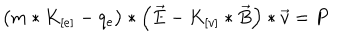
\left( m * K _ { [ e ] } - q _ { e } \right) * \left( \vec { E } - K _ { [ v ] } * \vec { B } \right) * \vec { v } = P